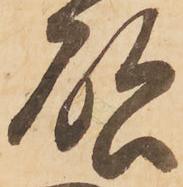
啓